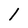
Character: 1